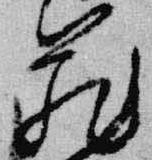
蔵